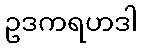
ဥဒကရဟဒါ